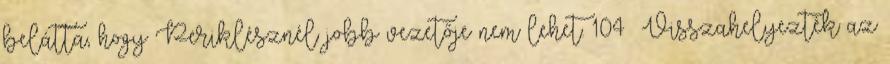
belátta, hogy Periklésznél jobb vezetője nem lehet. 104 Visszahelyezték az